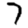
Digit: 7